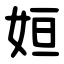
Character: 姮